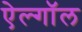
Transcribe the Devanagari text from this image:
ऐल्गॉल